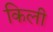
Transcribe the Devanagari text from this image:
किली